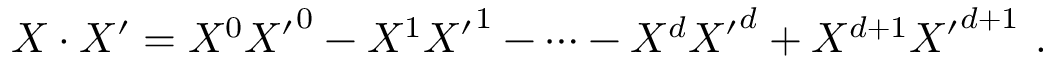
X \cdot X ^ { \prime } = { X ^ { 0 } } { X ^ { \prime } } ^ { 0 } - { X ^ { 1 } } { X ^ { \prime } } ^ { 1 } - \cdots - { X ^ { d } } { X ^ { \prime } } ^ { d } + X ^ { d + 1 } { X ^ { \prime } } ^ { d + 1 } \ .